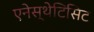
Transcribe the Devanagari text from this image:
एनेस्थेटिसिट